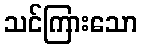
သင်ကြားသော